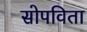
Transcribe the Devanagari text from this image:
सोपविता